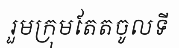
រួមក្រុមតែតចូលទី